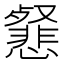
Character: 𢤕